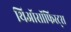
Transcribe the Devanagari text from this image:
थिऑसॉफिस्ट्स